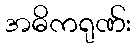
အဓိကရုဏ်း